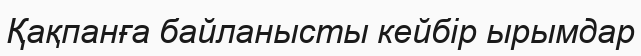
Қақпанға байланысты кейбір ырымдар